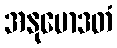
အနုမောဒတံ